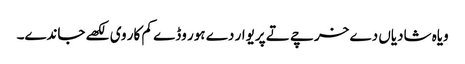
ویاہ شادیاں دے خرچے تے پریوار دے ہور وڈے کم کار وی لکھے جاندے۔